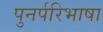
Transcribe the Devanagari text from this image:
पुनर्परिभाषा